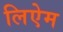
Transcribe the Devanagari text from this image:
लिऐम